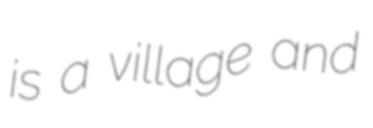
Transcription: is a village and